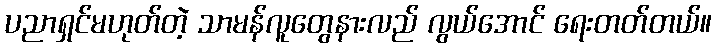
ပညာရှင်မဟုတ်တဲ့ သာမန်လူတွေနားလည် လွယ်အောင် ရေးတတ်တယ်။